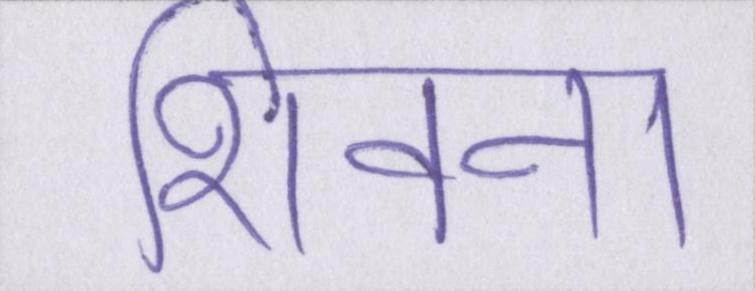
शिवना